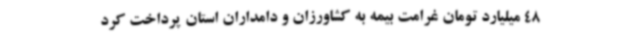
48 میلیارد تومان غرامت بیمه به کشاورزان و دامداران استان پرداخت کرد